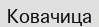
Ковачица